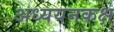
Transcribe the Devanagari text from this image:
अध्ययनकक्ष